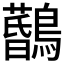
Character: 𪆨